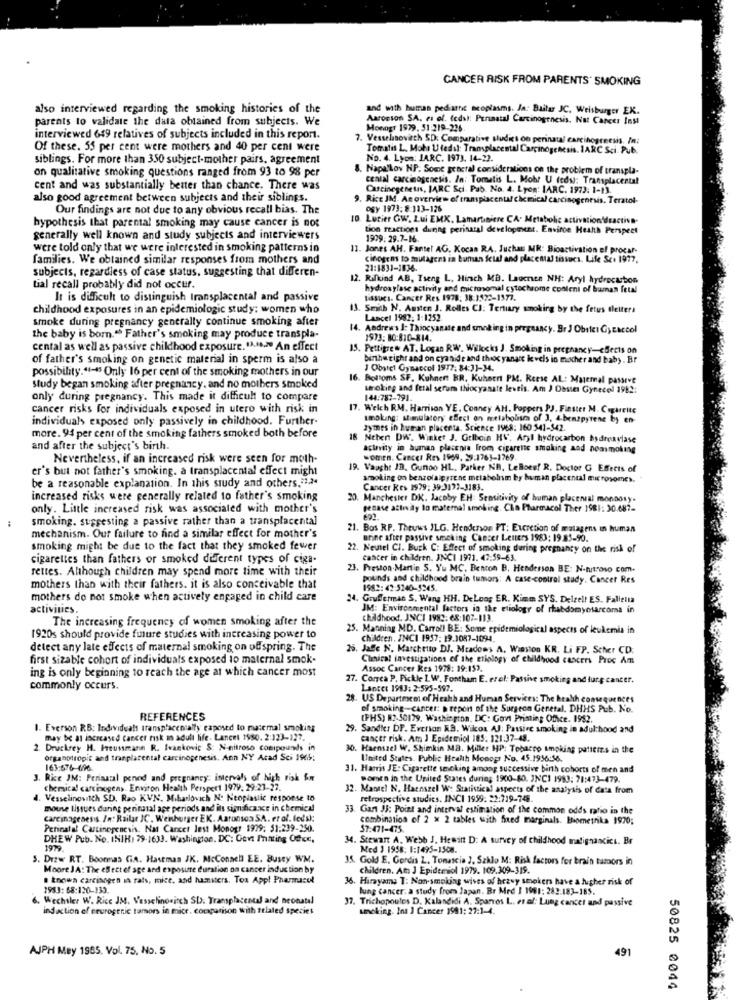
CANCER RISK FROM PARENTS' SMOKING
also interviewed regarding the smoking histories of the
and with human pediathit neoplasms. Ja: Bailar JC. Weisburger EK.
parents to validate the data obtained from subjects. We
Aaronson SA. es of. (eds): Pennatal Carcinogenesis. Not Cancer Inst
Monogr 1979, 51:219-236
interviewed 649 relatives of subjects included in this report.
7. Vesselsovitch SD: Comparative sudis on perinatal carcihogreesis. In:
Of these. 55 per cent were mothers and 40 per cent were
Tomatis L. Moha Utedsl: Transplacental Carcinogenesis. IARC Sci. Pub.
siblings. For more than 350 subject-mother pairs, agreement
No. 4. Lyon: JARC. 1973. 14-22.
on qualitative smoking questions ranged from 93 to 98 per
Napa'Lov HP. Some general considerations on the problem of transpla-
cental carcinogenesis. In: Tomatis L. Mobr U (eds): Transplacertal
cent and was substantially better than chance. There was
Carcinegenetns, JARC Sci. Pab. No. 4. Lyon: IARC. 1973: 1-13.
also good agreement between subjects and their siblings.
9. Rice JM. An overview of transplacenul chemical carcinogenesis. Teratol-
Our findings are not due to any obvious recall bias. The
OSY 1973:8:113-126
10. Lucier GW, Lui EMX. Lamartiniere CA. Metabolic activation'deactive-
hypothesis that parental smoking may cause cancer is not
tion reactions during perinatal development. Environ Health Perspect
generally well known and study subjects and interviewers
1979: 29.7-16.
were told only that we were interested in smoking patterns in
. Jones AH. Fantel AG. Kocas RA, Juchan MR: Bioactivation of procar-
families. We obtained similar responses from mothers and
cinogens to sulagens in tuman Scial and placemal issues. Life Sc. 1977.
subjects, regardless of case status, suggesting that differen-
21:1831-1836
12. Rifkind AB, Tseng L, Hirsch MB. Lauenen NH: Aryl hydrocarbon
tial recall probably did not occur.
hydroxylase activity and microsomal cytochrome cooleni of buman fetal
It is difficult to distinguish Iransplacental and passive
Lissues. Cancer Res 1978: 38:1522-1577.
childhood exposures in an epidemiologic study: women who
13. Smith N. Austen J. Rolles CJ: Tertiary smoking by the fetus tletters
smoke during pregnancy generally continue smoking after
Lancel 1982: 1:1252.
14. Andrews J: Thiocyanate and smoking in pregnancy. Br J Obstet Gycaccol
the baby is born." Father's smoking may produce transpla-
1973: 80:810-814.
cental as well as passive childhood exposure. " ... > An effect
15. Pettigrew AT. Logan RW. Willocks J. Smoking in pregnancy -< Bects on
of father's smoking on genetic material in sperm is also a
birtheright and on cyanide and theoc yanare ke vels in macher and baby. Br
possibility."+-+ Only 16 per cent of the smoking mothers in our
J Obstet Gynaecol 1977: 84:31-34.
. Bottoms SF. Kuhnert BR. Kuhnert PM. Reese AL: Maternal passive
study began smoking after pregnancy, and no mothers smoked
unokieg and fetal serum thiocyanate levtis. Am J Destes Gyneced 1982:
only during pregnancy. This made it difficult to compare
144.787-791.
cancer risks for individuals exposed in utero with risk in
17. Welch RM, Harrison YE, Conney AH, Poppers PJ. Finster M. Cigarette
individuals exposed only passively in childhood. Further
smoking: stimulatory' effect on metabolism of 3. 4.bentpyrene by en-
zymes in human placenta. Science 1968: 160 541-542.
more. 94 per cent of the smoking fathers smoked both before
18 Neben DW. Winker J. Grlboin HV. Aryl hydrocarbon hydroxylase
and after the subject's birth.
activity in human placenia from cigarette smoking and nonsmoking
Nevertheless, if an increased risk were seen for moth-
women. Cancer Res 1969, 29:1763-1769.
er's but not father's smoking. a transplacental effect might
19. Vaught JD. Gundo HL. Pather NB, LeBoes! R. Doctor G Effects of
be a reasonable explanation. In this study and others."124
smoking on benzolaipyrene metabolism by human placental microsomes.
Cancer Res 1979: 39 3172-3183.
increased risks were generally related to father's smoking
Manchester DK. Jacoby EH: Sensitivity of human placerval monDosy.
only. Little increased risk was associated with mother's
genase attı dly to maternal smoking. Cin Pharmacol Ther 1981: 30.687-
smoking. suggesting a passive rather than a transplacental
21. Bos RP. Theuws ILG. Henderson PT: Excretion of matagens in human
mechanism. Our failure to find a similar effect for mother's
urine after passive smoking Cancer Letters 1983: 19.85-90.
smoking might be due to the fact that they smoked fewer
22. Neutel CI. Buck C: Effect of smoking during pregnancy on the risk of
cigarettes than fathers or smoked different types of ciga-
Cancer in children. INCI 1971. 47:59-63.
rettes. Although children may spend more time with their
23. Preston.Martin S. Yu MC. Benton B. Henderson BE: N-nitroso com.
pounds and childhood brain tumors: A case-control study. Cancer Res
mothers than with their fathers. it is also conceivable that
1982: 42:5240-5245.
mothers do not smoke when actively engaged in child care
34. Grufferman S. Wang HH. DeLong ER. Kimm SYS. Delzell ES. Falletta
activities,
JM: Environmental factors in the etiology of rhabdomyosarcoma in
The increasing frequency of women smoking after the
childhood. JNCI 1982: 68:107-113.
25. Manning MD. Carroll BE: Some epidemiological aspects of leukemia in
1920s should provide future studies with increasing power to
Children. INCI 1957: 19.1087-1094.
detect any late effects of maternal smoking on offspring. The
5. Jage N. Marchetto DJ. Meadows A. Winston KR. Li FP. Scher CD.
first sizable cohort of individuals exposed to maternal smok-
Chevical investigations of the etiology of childhood cancers Proc Am
ing is only beginning to reach the age at which cancer most
Assoc Cancer Kes 1978: 19:153.
27. Correa P. Pickle 1.W. Fontham E. erol: Passive smoking and furg cancer.
commonly occurs.
Lancet 1983: 2:595-597.
28
. US Department of Health and Human Services: The health consequences
of smoking-cancer: prepon of the Surgeon Geretal. DHHS Pub. No.
REFERENCES
(PHS) 82-50179. Washington, DC: Govi Printing Office. 1992.
1. Everson RB: Individuals transplacentalfy exposed to maternal smoking
. Sandier DP. Everion KB. Wilcox AJ: Passire smoking in adulthood and
may be at increased cancer risk an adult life. Lancet 1980. 2:123-127.
cancer risk. Am J Epidemiol 185. 121:37-48.
2. Druckrey H. Preussmann R. Ivankovic S: N-nitroso compounds in
30. Haenszel W, Shimkin MB. Miller HP: Tobacco smoking patteis in the
Organotropit and tranplacental carcinogenesis. Ann NY Acad Sci 1965:
United States. Public Health Monopr No. 45.1956:56.
163:576-696
31. Harris JE: Cigarette smoking among successive birth cohorts of men and
Rice JM: Pensumal pened and pregnancy intervals of high risk for
women in the United States during 1900-80. JNC1 1983: 71:473-479.
chemical carcinogens. Environ Health Perspett 1979, 29:23-27.
. Mantel N. Haenszel W: Statistical aspects of the analysis of data from
Vesselinositth SD. Rao KVN, Miharlovich No Neoplastic response to
retrospective studies. INCI 1959: 22:729-748.
mouse tissues during perinatal ape periods and its significance in chemical
33. Gan JJ: Point and interval estimation of the common odds ratio in the
carcinogenesis In. Railar JC, Wennburger EK. Aaronsos SA. er of. ledsk:
combination of 2 x 2 tables with fired marginals. Biometrika 1970;
Perinatal Cartinegenesis. Nat Cancer lest Monogr $979: 51:239-250.
$7:471-475.
DHEW Pub. No. INIH: 79-1633. Washington, DC: Gent Printing Ofce,
34. Stewant A. Webb J. Hewin D: A survey of childhood malignancies. Br
1979
Med 1 1958: 1:1495-1508.
S. Drzw RT. Boonmas GA. Hastmas JK. McConach EE. Busey WM.
35. Gold E. Gordis Z. Tonascia ], Szklo M: Risk factors for brain tumors in
Moore JA: The effect of age and exposure duration on cancer induction by
children. Am J Epidemiol 1979. 109.309-319.
towa carcinogen in rats, mice, and hamsters. Toa App! Pharmasul
36. Hirayama T: Non-smoking wives of heavy smokers have a higher risk of
1983: 68:120-133.
lung cancer. a study from Japan. Br Mrd ] 1981: 282.183-185.
6. Wechsler W. Rice JM. Vesselinosinch SD. Transplacental and neonatal
37. Trichopoules D. Kalandidi A. Spanos L. et al: Lung cancer and passive
induction of neurogenic tamors in mice. comparison with ttlaled speciet
woking. Ina ] Cancer 1981: 27:1-4.
AJPH Mey 1985. Vol. 75. No. 5
491
50825 0044